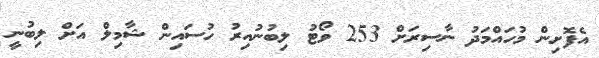
އެފޮށިން މުހައްމަދު ނާސިރަށް 253 ވޯޓު ލިބުނުއިރު ހުސައިން ޝާމިލް އަށް ލިބުނީ